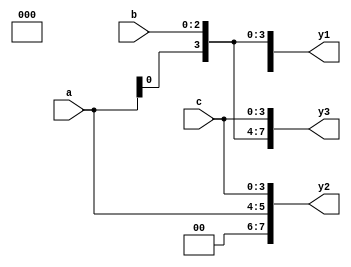
module Concatenation(
  input [1:0] a,
  input [2:0] b,
  input [3:0] c,
  output reg [7:0] y1, y2, y3
);
  assign y1 = {a,b};
  assign y2 = {a,c};
  assign y3 = {a,b,c};
endmodule